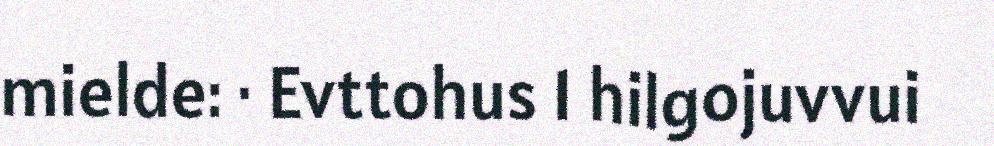
mielde: · Evttohus 1 hilgojuvvui